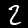
Digit: 2